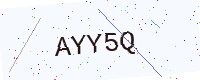
Text: AYY5Q